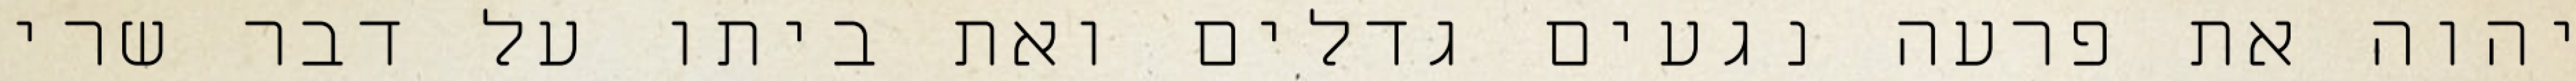
יהוה את פרעה נגעים גדלים ואת ביתו על דבר שרי